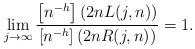
LaTeX: \begin{align*} \lim_{j \to \infty} \dfrac{ \left[n^{-h}\right] (2nL(j,n))}{\left[n^{-h}\right](2nR(j,n))} = 1.\end{align*}